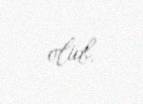
olub.